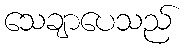
သေချာပေသည်